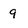
Character: g